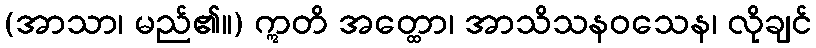
(အာသာ၊ မည်၏။) ဣတိ အတ္ထော၊ အာသိသနဝသေန၊ လိုချင်